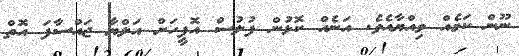
ނޫން ކަމެއް ވިއްޔާއެވެ. އަނެއް ކޮޅުން ފުލުސް އޮފީހަށް އަލްޔާ ޖައްސާފަ އޮތް